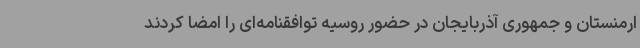
ارمنستان و جمهوری آذربایجان در حضور روسیه توافقنامه‌ای را امضا کردند